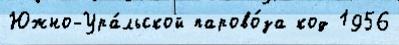
Южно-Ура́льской парово́за код 1956